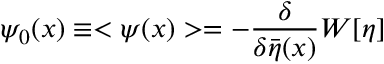
\psi _ { 0 } ( x ) \equiv < \psi ( x ) > = - \frac { \delta } { \delta \bar { \eta } ( x ) } W [ \eta ]